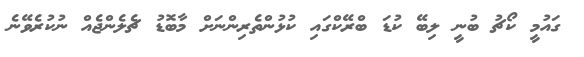
ގައުމީ ކޯޗު ބުނީ ލިބޭ ކުޑަ ބްރޭކްގައި ކުޅުންތެރިންނަށް މާބޮޑު ޗެލެންޖެއް ނުކުރެވޭނެ